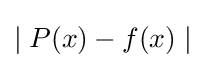
\mid P(x)-f(x)\mid